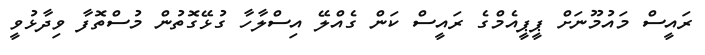
ރައީސް މައުމޫނަށް ޕީޕީއެމްގެ ރައީސް ކަން ގެއްލޭ އިސްލާހާ ގުޅޭގޮތުން މުސްތޮފާ ވިދާޅުވީ